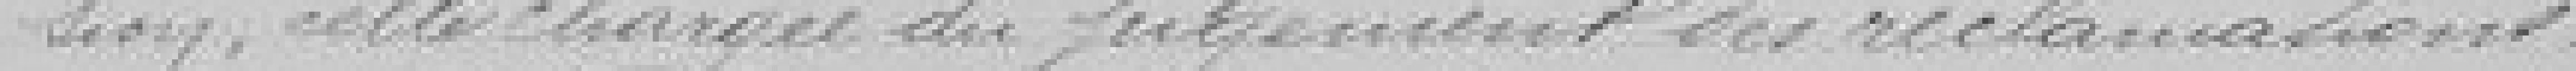
sion, celle chargée du jugement des réclamations